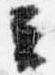
云